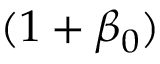
\! ( 1 + \beta _ { 0 } )